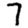
Digit: 7